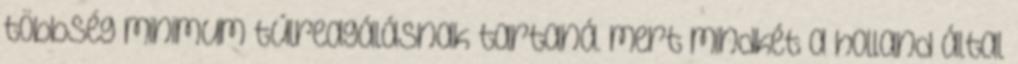
többség minimum túlreagálásnak tartaná. mert mindkét a holland által